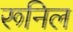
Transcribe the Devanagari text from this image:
रूनिल